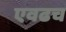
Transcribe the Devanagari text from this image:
एवढच